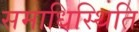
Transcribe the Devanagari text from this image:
समाधिस्थिति